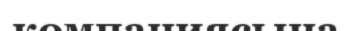
компаниясына